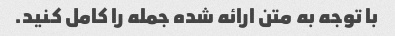
با توجه به متن ارائه شده جمله را کامل کنید.